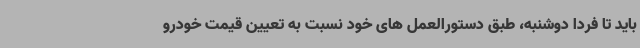
باید تا فردا دوشنبه، طبق دستورالعمل های خود نسبت به تعیین قیمت خودرو